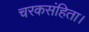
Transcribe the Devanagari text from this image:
चरकसंहिता।